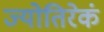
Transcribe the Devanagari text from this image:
ज्योतिरेकं